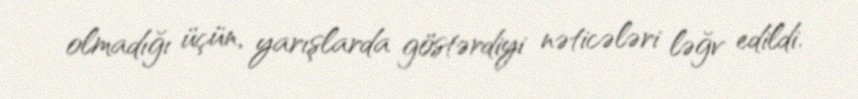
olmadığı üçün, yarışlarda göstərdiyi nəticələri ləğv edildi.